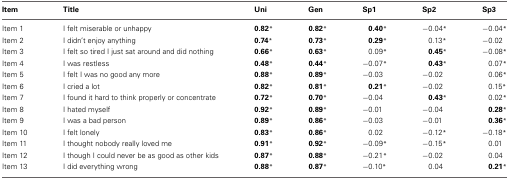
| Item | Title | Uni | Gen | Sp1 | Sp2 | Sp3 |
 | --- | --- | --- | --- | --- | --- | --- |
 | Item 1 | I felt miserable or unhappy | 0.82* | 0.82* | 0.40* | −0.04* | −0.04* |
 | Item 2 | I didn't enjoy anything | 0.74* | 0.73* | 0.29* | 0.13* | −0.02 |
 | Item 3 | I felt so tired I just sat around and did nothing | 0.66* | 0.63* | 0.09* | 0.45* | −0.08* |
 | Item 4 | I was restless | 0.48* | 0.44* | −0.07* | 0.43* | 0.07* |
 | Item 5 | I felt I was no good any more | 0.88* | 0.89* | −0.03 | −0.02 | 0.06* |
 | Item 6 | I cried a lot | 0.82* | 0.81* | 0.21* | −0.02 | 0.15* |
 | Item 7 | I found it hard to think properly or concentrate | 0.72* | 0.70* | −0.04 | 0.43* | 0.02* |
 | Item 8 | I hated myself | 0.92* | 0.89* | −0.01 | −0.04 | 0.28* |
 | Item 9 | I was a bad person | 0.89* | 0.86* | −0.03 | −0.01 | 0.36* |
 | Item 10 | I felt lonely | 0.83* | 0.86* | 0.02 | −0.12* | −0.18* |
 | Item 11 | I thought nobody really loved me | 0.91* | 0.92* | −0.09* | −0.15* | 0.01 |
 | Item 12 | I though I could never be as good as other kids | 0.87* | 0.88* | −0.21* | −0.02 | 0.04 |
 | Item 13 | I did everything wrong | 0.88* | 0.87* | −0.10* | 0.04 | 0.21* |